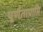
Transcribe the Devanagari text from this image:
पूर्णताप्राप्ति